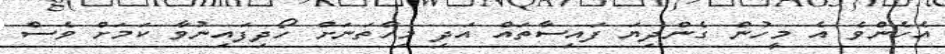
އެހެންވެ އެ މީހުން ގެންދިޔަ ފައިސާތައް އަދި މިހާތަނަށް ހޯދިފައިނުވާ ކަމަށް ވެސް